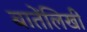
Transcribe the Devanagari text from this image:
बातेंलिखी